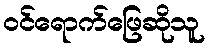
ဝင်ရောက်ဖြေဆိုသူ